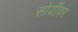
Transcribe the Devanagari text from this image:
सोयींवर